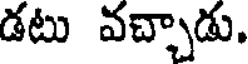
డటు వచ్చాడు.